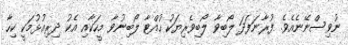
ނުވިސްނޭނެއެވެ. ފުރާނަފަދަ ލޯބިވާ ލޯބިވެރިޔަކު ހުއްޓާ ލޯބިނުވާ މީހަކާއި އެކު ދިރިއުޅުމަކީ ކިހާ